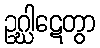
ဥဂ္ဃါဋေတွာ